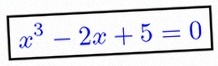
x^3-2x+5=0